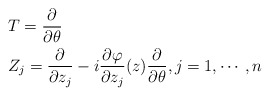
\begin{align*} &T=\frac{\partial}{\partial\theta} \\&Z_j=\frac{\partial}{\partial z_j}-i\frac{\partial\varphi}{\partial z_j}(z)\frac{\partial}{\partial\theta}, j=1,\cdots,n\end{align*}